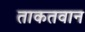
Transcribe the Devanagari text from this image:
ताकतवान